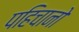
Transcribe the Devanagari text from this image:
पहिचानो